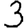
Digit: 3